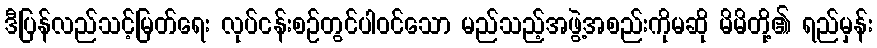
ဒီပြန်လည်သင့်မြတ်ရေး လုပ်ငန်းစဉ်တွင်ပါဝင်သော မည်သည့်အဖွဲ့အစည်းကိုမဆို မိမိတို့၏ ရည်မှန်း